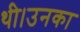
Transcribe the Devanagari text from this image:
थी।उनका